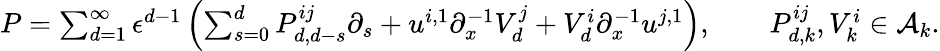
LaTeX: \begin{array}{r}{P=\sum_{d=1}^{\infty}\epsilon^{d-1}\left(\sum_{s=0}^{d}P_{d,d-s}^{ij}{\partial}_{s}+u^{i,1}{\partial}_{x}^{-1}V_{d}^{j}+V_{d}^{i}{\partial}_{x}^{-1}u^{j,1}\right),\qquad P_{d,k}^{ij},V_{k}^{i}\in\mathcal{A}_{k}.}\end{array}